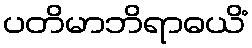
ပတိမာဘိရာဓယိံ